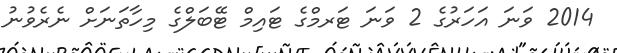
2014 ވަނަ އަހަރުގެ 2 ވަނަ ޓަރމްގެ ޓައިމް ޓޭބަލްގެ މިހާތަނަށް ނެރެވުނު